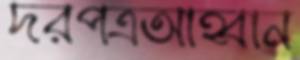
দরপত্রআহ্বান